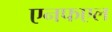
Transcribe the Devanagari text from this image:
एनफएल